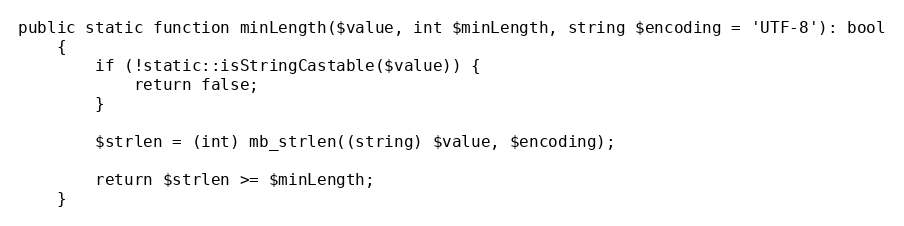
Language: PHP
public static function minLength($value, int $minLength, string $encoding = 'UTF-8'): bool
    {
        if (!static::isStringCastable($value)) {
            return false;
        }

        $strlen = (int) mb_strlen((string) $value, $encoding);

        return $strlen >= $minLength;
    }